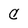
Character: C